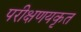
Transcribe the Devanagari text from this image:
परीक्षणयकृत